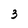
Character: 3